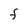
Character: F